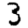
Digit: 3